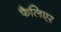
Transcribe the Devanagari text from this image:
फैलिएर